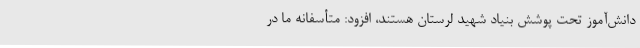
دانش‌آموز تحت پوشش بنیاد شهید لرستان هستند، افزود: متأسفانه ما در